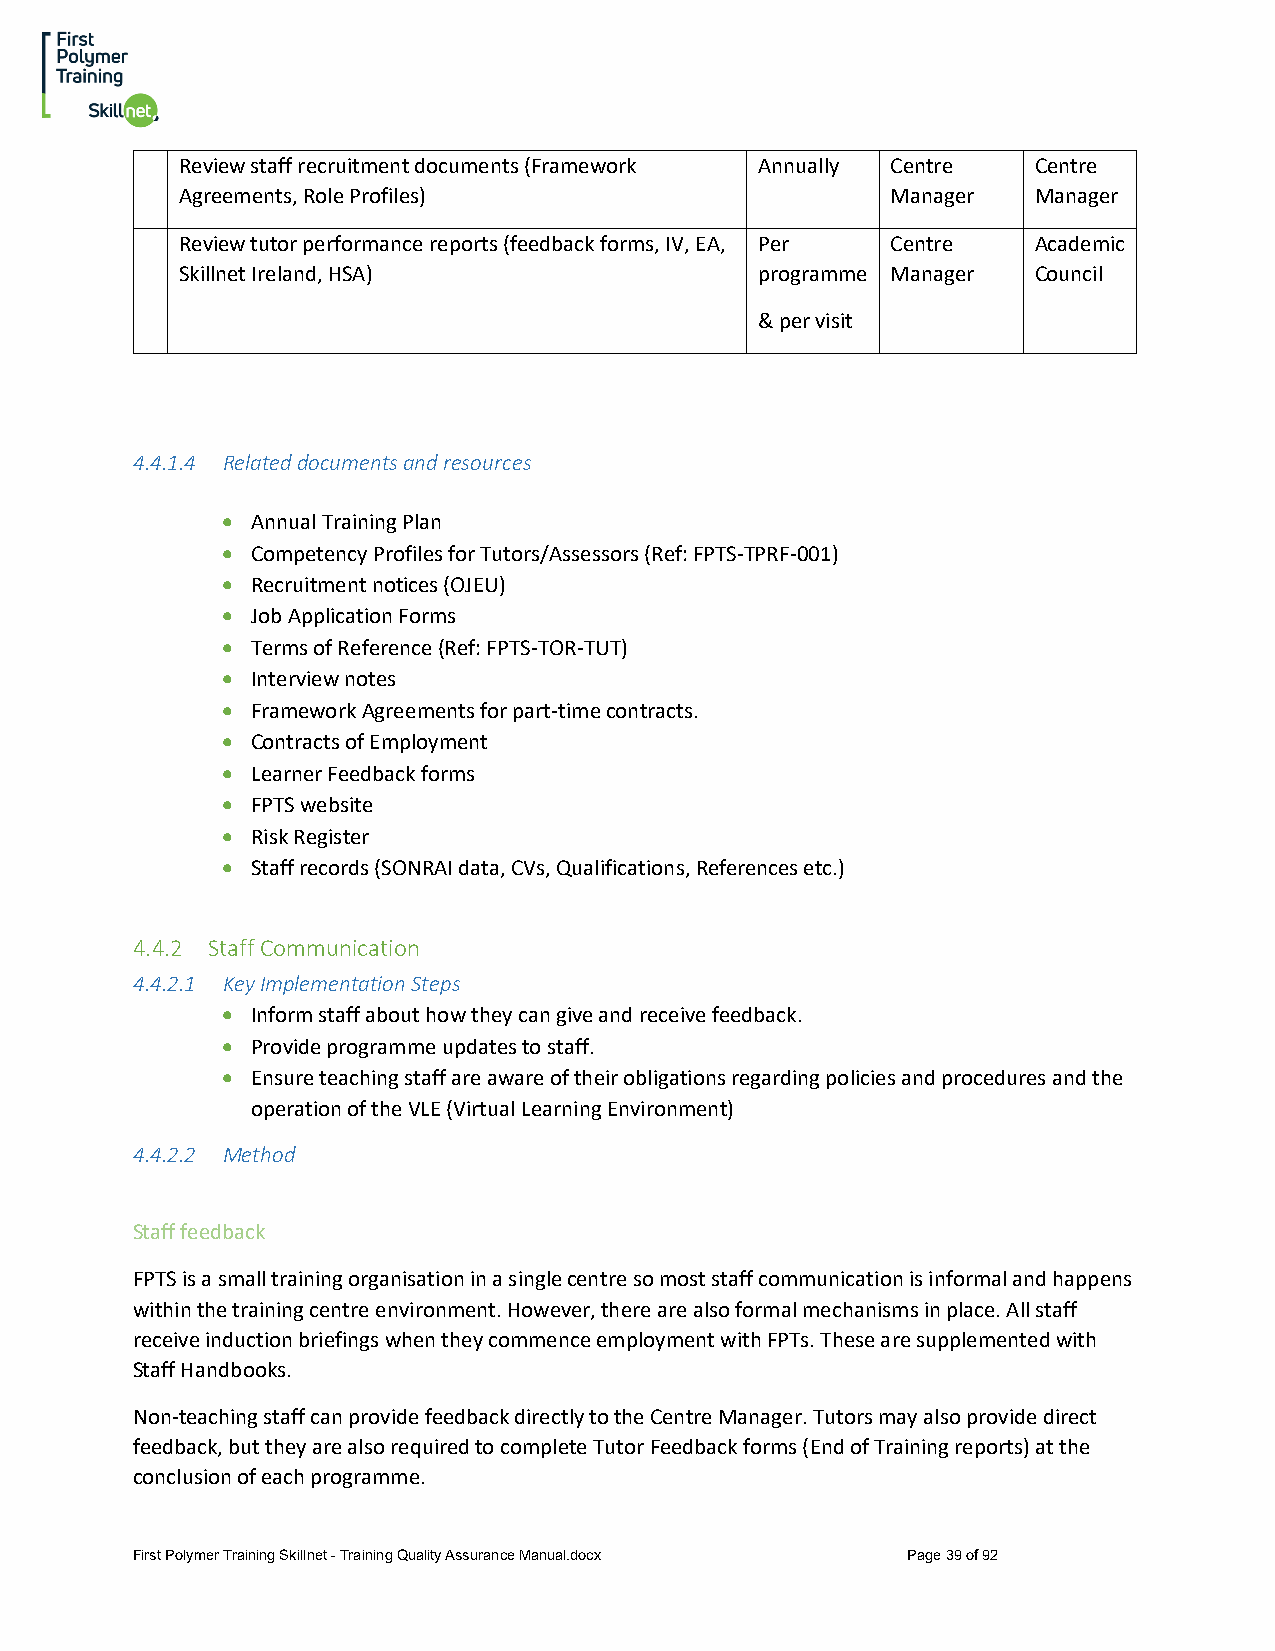
Review staff recruitment documents (Framework Annually Centre Centre
 Agreements, Role Profiles)                     Manager  Manager
 Review tutor performance reports (feedback forms, IV, EA, Per Centre Academic
 Skillnet Ireland, HSA)                programme Manager Council
 & per visit
 4.4.1.4 Related documents and resources
 • Annual Training Plan
 • Competency Profiles for Tutors/Assessors (Ref: FPTS-TPRF-001)
 • Recruitment notices (OJEU)
 • Job Application Forms
 • Terms of Reference (Ref: FPTS-TOR-TUT)
 • Interview notes
 • Framework Agreements for part-time contracts.
 • Contracts of Employment
 • Learner Feedback forms
 • FPTS website
 • Risk Register
 • Staff records (SONRAI data, CVs, Qualifications, References etc.)
 4.4.2 Staff Communication
 4.4.2.1 Key Implementation Steps
 • Inform staff about how they can give and receive feedback.
 • Provide programme updates to staff.
 • Ensure teaching staff are aware of their obligations regarding policies and procedures and the
 operation of the VLE (Virtual Learning Environment)
 4.4.2.2 Method
 Staff feedback
 FPTS is a small training organisation in a single centre so most staff communication is informal and happens
 within the training centre environment. However, there are also formal mechanisms in place. All staff
 receive induction briefings when they commence employment with FPTs. These are supplemented with
 Staff Handbooks.
 Non-teaching staff can provide feedback directly to the Centre Manager. Tutors may also provide direct
 feedback, but they are also required to complete Tutor Feedback forms (End of Training reports) at the
 conclusion of each programme.
 First Polymer Training Skillnet - Training Quality Assurance Manual.docx Page 39 of 92